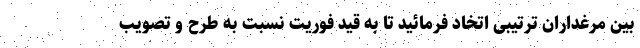
بین مرغداران ترتیبی اتخاد فرمائید تا به قید فوریت نسبت به طرح و تصویب